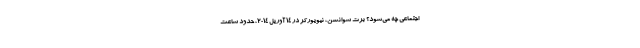
اجتماعی چه می‌شود؟ بَرِت سوانسن، نیویورکر در ۱۴ آوریل ۲۰۱۴، حدود ساعت